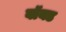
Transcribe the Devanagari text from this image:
वॉयड